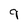
Character: 9